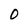
Character: 0